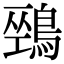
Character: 𪂐